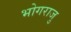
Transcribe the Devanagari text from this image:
भोगराजु